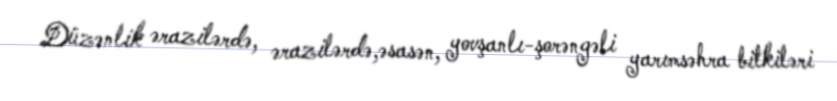
Düzənlik ərazilərdə, ərazilərdə,əsasən, yovşanlı-şorəngəli yarımsəhra bitkiləri